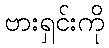
ဗားရှင်းကို